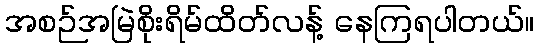
အစဉ်အမြဲစိုးရိမ်ထိတ်လန့် နေကြရပါတယ်။